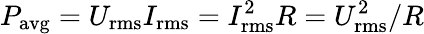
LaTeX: P_{\mathrm{{avg}}}=U_{\mathrm{rms}}I_{\mathrm{rms}}=I_{\mathrm{rms}}^{2}R=U_{\mathrm{rms}}^{2}/R